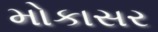
મોકાસર